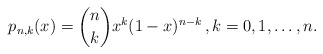
\begin{align*}p_{n,k}(x) = {n \choose k} x^k (1-x)^{n-k} \, , k = 0, 1, \ldots, n.\end{align*}